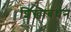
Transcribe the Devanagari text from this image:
शिखाबंधन